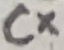
Text: Cx